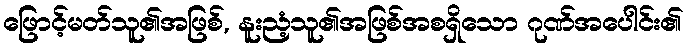
ဖြောင့်မတ်သူ၏အဖြစ်, နူးညံ့သူ၏အဖြစ်အစရှိသော ဂုဏ်အပေါင်း၏